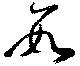
數